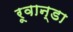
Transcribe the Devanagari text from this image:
रूवान्डा